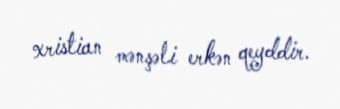
xristian mənşəli erkən qeyddir.